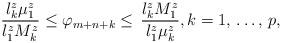
LaTeX: \begin{align*}\frac{l_{k}^{z}\mu_{1}^{z}}{l_{1}^{z}M_{k}^{z}}\le \varphi_{m+n+k}\le \mathrm{\thinspace }\frac{l_{k}^{z}M_{1}^{z}}{l_{1}^{z}\mu_{k}^{z}}, k=1,\thinspace \mathellipsis ,\thinspace p, \end{align*}